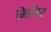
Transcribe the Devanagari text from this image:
मिमिर